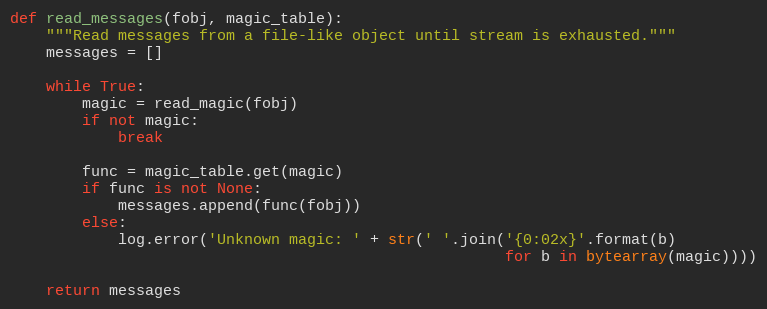
Language: Python
def read_messages(fobj, magic_table):
    """Read messages from a file-like object until stream is exhausted."""
    messages = []

    while True:
        magic = read_magic(fobj)
        if not magic:
            break

        func = magic_table.get(magic)
        if func is not None:
            messages.append(func(fobj))
        else:
            log.error('Unknown magic: ' + str(' '.join('{0:02x}'.format(b)
                                                       for b in bytearray(magic))))

    return messages